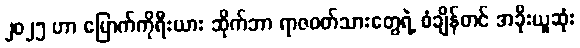
၂၀၂၅ ဟာ မြောက်ကိုရီးယား ဆိုက်ဘာ ရာဇဝတ်သားတွေရဲ့ စံချိန်တင် အခိုးယူဆုံး